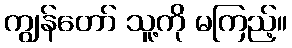
ကျွန်တော် သူ့ကို မကြည့်။